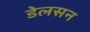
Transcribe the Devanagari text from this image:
डेलसन